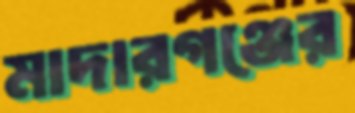
মাদারগঞ্জের